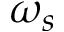
\omega _ { s }